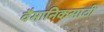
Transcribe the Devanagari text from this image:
वैमानिकसाठी